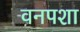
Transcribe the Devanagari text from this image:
वनपशा